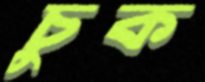
চুক